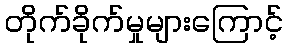
တိုက်ခိုက်မှုများကြောင့်